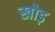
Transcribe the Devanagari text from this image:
खोड़